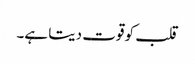
قلب کو قوت دیتا ہے۔